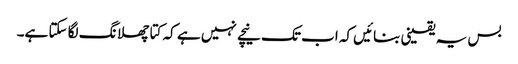
بس یہ یقینی بنائیں کہ اب تک نیچے نہیں ہے کہ کتا چھلانگ لگا سکتا ہے۔